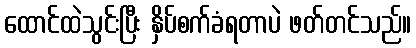
ထောင်ထဲသွင်းပြီး နှိပ်စက်ခံရတာပဲ ဖတ်တင်သည်။